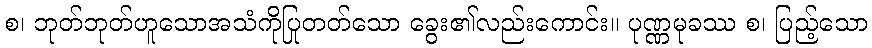
စ၊ ဘုတ်ဘုတ်ဟူသောအသံကိုပြုတတ်သော ခွေး၏လည်းကောင်း။ ပုဏ္ဏမုခဿ စ၊ ပြည့်သော